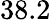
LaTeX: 38.2